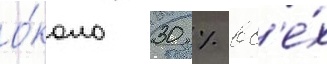
о́коло 30 % вс'е́х